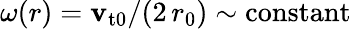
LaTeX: \omega(r)=\mathbf{v}_{\mathrm{{t0}}}/(2\, r_{0})\sim\mathrm{{constant}}